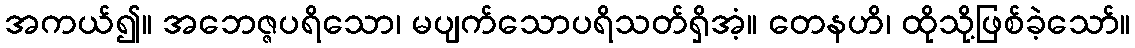
အကယ်၍။ အဘေဇ္ဇပရိသော၊ မပျက်သောပရိသတ်ရှိအံ့။ တေနဟိ၊ ထိုသို့ဖြစ်ခဲ့သော်။